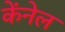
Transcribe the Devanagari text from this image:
केंनेल